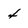
Character: 4